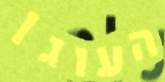
העוגן